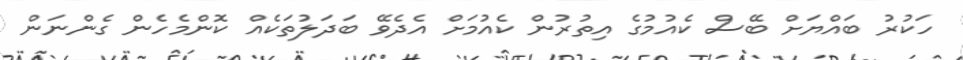
ހަކުރު ބައްޔަށް ބޭސް ކެއުމުގެ އިތުރުން ކެއުމަށް އެދެވޭ ބަދަލުތަކެއް ކޮންމެހެން ގެންނަން